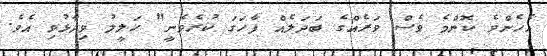
އެހެންވެ ކޮންމެ ވެސް ވަރެއްގެ ބަދަލެއް ފާހަގަ ކުރެވެނީ" ހަލީލު ވިދާޅުވި އެވެ.